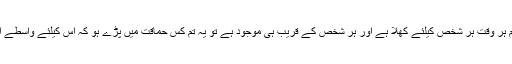
پس جبسلطان کائنات کا دربار عام ہر وقت ہر شخص کیلئے کھلا ہے اور ہر شخص کے قریب ہی موجود ہے تو یہ تم کس حماقت میں پڑے ہو کہ اس کیلئے واسطے اور وسیلے ڈھونڈتے پھرتے ہو‘‘۔